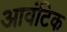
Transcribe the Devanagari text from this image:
आवंटिक